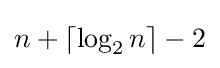
n+\lceil \log _{2}n\rceil -2